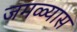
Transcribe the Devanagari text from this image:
जमळ्यास